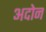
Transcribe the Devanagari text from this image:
अदोन